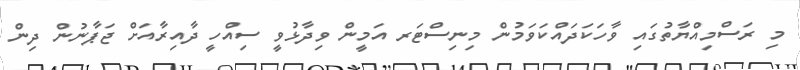
މި ރަސްމިއްޔާތުގައި ވާހަކަދައްކަވަމުން މިނިސްޓަރ އަމީން ވިދާޅުވީ ސިއްހީ ދާއިރާއަށް ޖަޕާނުން ދިން